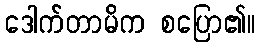
ဒေါက်တာမိက စပြော၏။